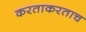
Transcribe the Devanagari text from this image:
करताकरताच